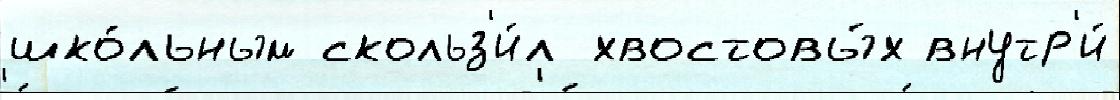
шко́льным скольз'и́л хвостовы́х внутр'и́